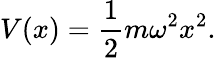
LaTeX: V(x)={\frac{1}{2}}m\omega^{2}x^{2}.